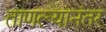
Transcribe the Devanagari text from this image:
ताणल्यानंतर